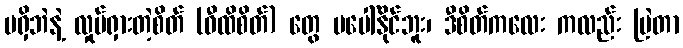
မရှိဘဲနဲ့ လှုပ်ရှားတဲ့စိတ် (ဝီထိစိတ်) တွေ မပေါ်နိုင်ဘူး၊ ဒီစိတ်ကလေး ကလည်း မြဲတာ